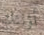
أؤلئك